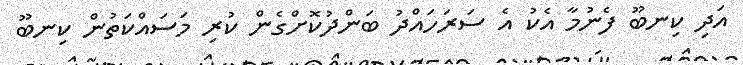
އަދި ކިނބޫ ފެނުމާ އެކު އެ ސަރަހައްދު ބަންދުކޮށްގެން ކުރި މަސައްކަތުން ކިނބޫ